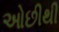
ઓછીથી